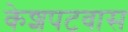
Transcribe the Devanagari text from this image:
केशपटवास